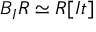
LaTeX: B _ { I } R \simeq R [ I t ]